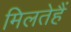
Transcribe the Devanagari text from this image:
मिलतेहैं